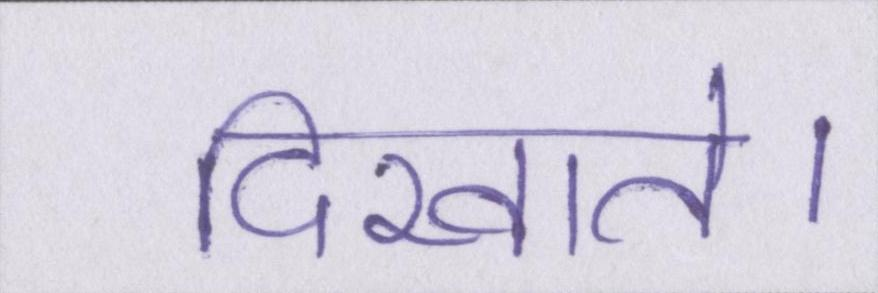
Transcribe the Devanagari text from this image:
दिखाते।